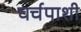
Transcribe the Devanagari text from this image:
चर्चपाशी